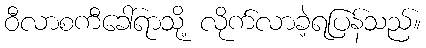
ဝီလာစကီခေါ်ရာသို့ လိုက်လာခဲ့ရပြန်သည်။